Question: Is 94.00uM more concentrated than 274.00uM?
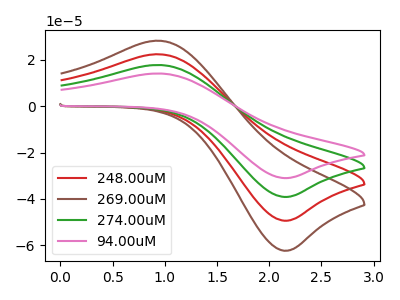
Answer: <think>The red curve "248.00uM" has an anodic peak at (0.95V, 35.30uA) and a cathodic peak at (2.20V, -78.20uA). The brown curve "269.00uM" has an anodic peak at (0.95V, 52.95uA) and a cathodic peak at (2.20V, -117.30uA). The green curve "274.00uM" has an anodic peak at (0.95V, 17.65uA) and a cathodic peak at (2.20V, -39.10uA). The pink curve "94.00uM" has an anodic peak at (0.95V, 14.00uA) and a cathodic peak at (2.20V, -31.00uA).
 All the peaks in "94.00uM" have a peak in "274.00uM" at the same potential. Every peak in "94.00uM" is lower than every peak in "274.00uM".</think>
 <answer>"94.00uM" has less signal than "274.00uM" and so likely has a lower concentration.</answer>
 <eval>less_concentration</eval>